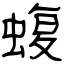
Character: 蝮